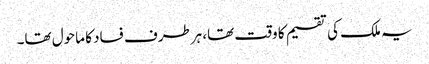
یہ ملک کی تقسیم کا وقت تھا، ہرطرف فساد کا ماحول تھا۔